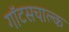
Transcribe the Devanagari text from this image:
गॉटसचाल्क